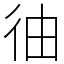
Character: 㣙